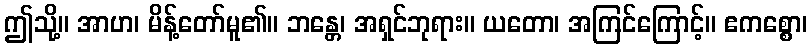
ဤသို့။ အာဟ၊ မိန့်တော်မူ၏။ ဘန္တေ၊ အရှင်ဘုရား။ ယတော၊ အကြင်ကြောင့်။ ဧကစ္စော၊